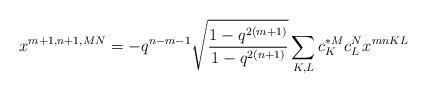
LaTeX: \begin{align*}x^{m+1,n+1,MN}=-q^{n-m-1}\sqrt{\frac{1-q^{2(m+1)}}{1-q^{2(n+1)}}}\sum_{K,L} c_{K}^{*M}c_{L}^{N}x^{mnKL}\end{align*}